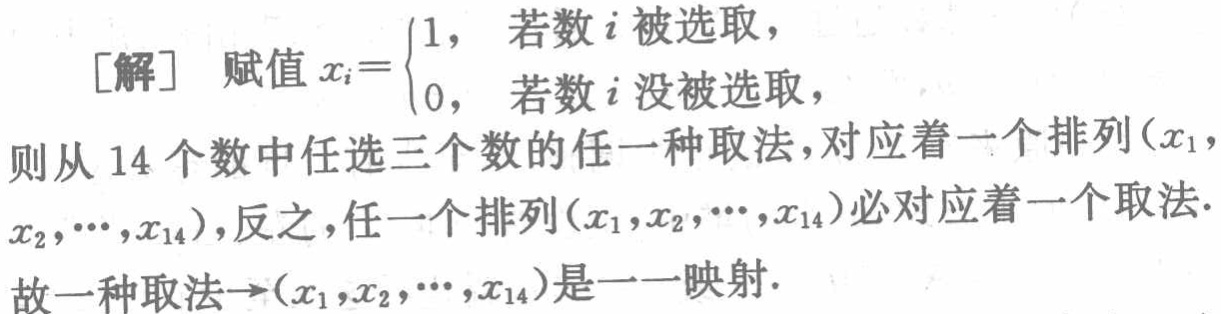
[解] 赋值 \(x_{i}=\begin{cases}1, & \text{若数 }i\text{ 被选取},\\0, & \text{若数 }i\text{ 没被选取},\end{cases}\)

则从 \(14\) 个数中任选三个数的任一种取法，对应着一个排列\((x_{1},\)

\(x_{2},\cdots,x_{14})\)，反之，任一个排列\((x_{1},x_{2},\cdots,x_{14})\)必对应着一个取法.

故一种取法\(\to(x_{1},x_{2},\cdots,x_{14})\)是一一映射.